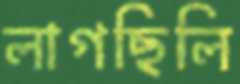
লাগছিলি